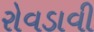
રોવડાવી